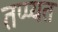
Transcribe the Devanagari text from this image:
तप्प्यत